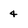
Character: 4